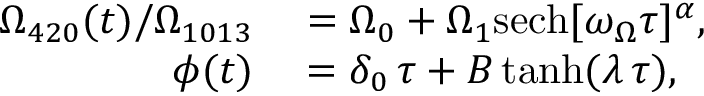
\begin{array} { r l } { \Omega _ { 4 2 0 } ( t ) / \Omega _ { 1 0 1 3 } } & { { } = \Omega _ { 0 } + \Omega _ { 1 } \mathrm { s e c h } [ \omega _ { \Omega } \tau ] ^ { \alpha } , } \\ { \phi ( t ) } & { { } = \delta _ { 0 } \, \tau + B \operatorname { t a n h } ( \lambda \, \tau ) , } \end{array}